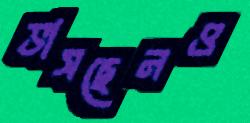
ভাসছেনও